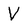
Character: V